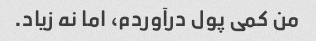
من کمی پول درآوردم، اما نه زیاد.